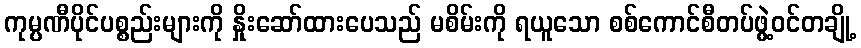
ကုမ္ပဏီပိုင်ပစ္စည်းများကို နှိုးဆော်ထားပေသည် မစိမ်းကို ရယူသော စစ်ကောင်စီတပ်ဖွဲ့ဝင်တချို့